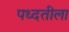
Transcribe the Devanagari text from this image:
पध्दतीला